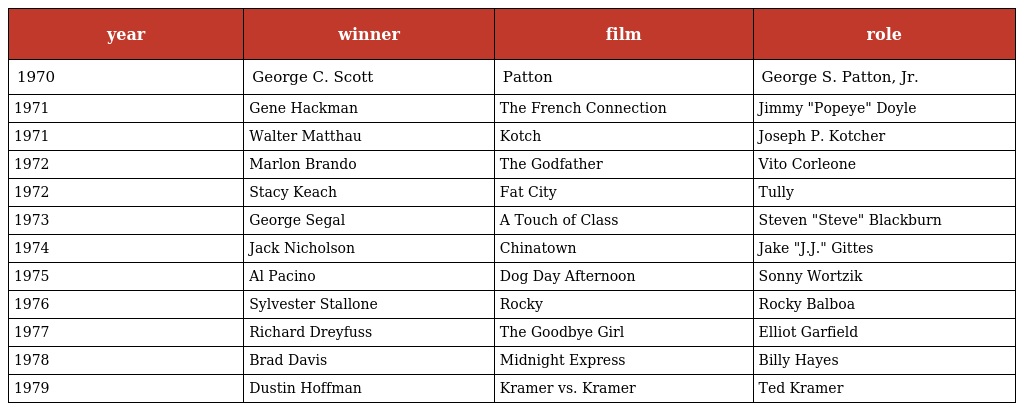
| year | winner | film | role |
 | --- | --- | --- | --- |
 | 1970 | George C. Scott | Patton | George S. Patton, Jr. |
 | 1971 | Gene Hackman | The French Connection | Jimmy "Popeye" Doyle |
 | 1971 | Walter Matthau | Kotch | Joseph P. Kotcher |
 | 1972 | Marlon Brando | The Godfather | Vito Corleone |
 | 1972 | Stacy Keach | Fat City | Tully |
 | 1973 | George Segal | A Touch of Class | Steven "Steve" Blackburn |
 | 1974 | Jack Nicholson | Chinatown | Jake "J.J." Gittes |
 | 1975 | Al Pacino | Dog Day Afternoon | Sonny Wortzik |
 | 1976 | Sylvester Stallone | Rocky | Rocky Balboa |
 | 1977 | Richard Dreyfuss | The Goodbye Girl | Elliot Garfield |
 | 1978 | Brad Davis | Midnight Express | Billy Hayes |
 | 1979 | Dustin Hoffman | Kramer vs. Kramer | Ted Kramer |